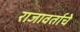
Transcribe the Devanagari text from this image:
राजावर्ताचे